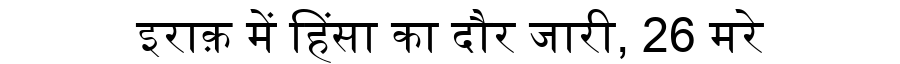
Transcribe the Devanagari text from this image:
इराक़ में हिंसा का दौर जारी, 26 मरे